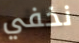
نخفي